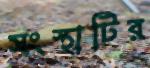
সংস্থাটির